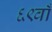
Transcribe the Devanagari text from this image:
६९वाँ